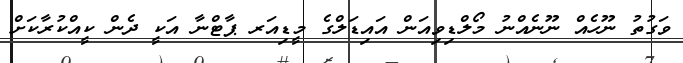
ވަގުތު ނޫހެއް ނޫނެއްނު މޯލްޑިވިއަން އައިޑަލްގެ މީޑިއަރ ޕާޓްނާ އަކީ ދެން ކީއްކުރާކަށް